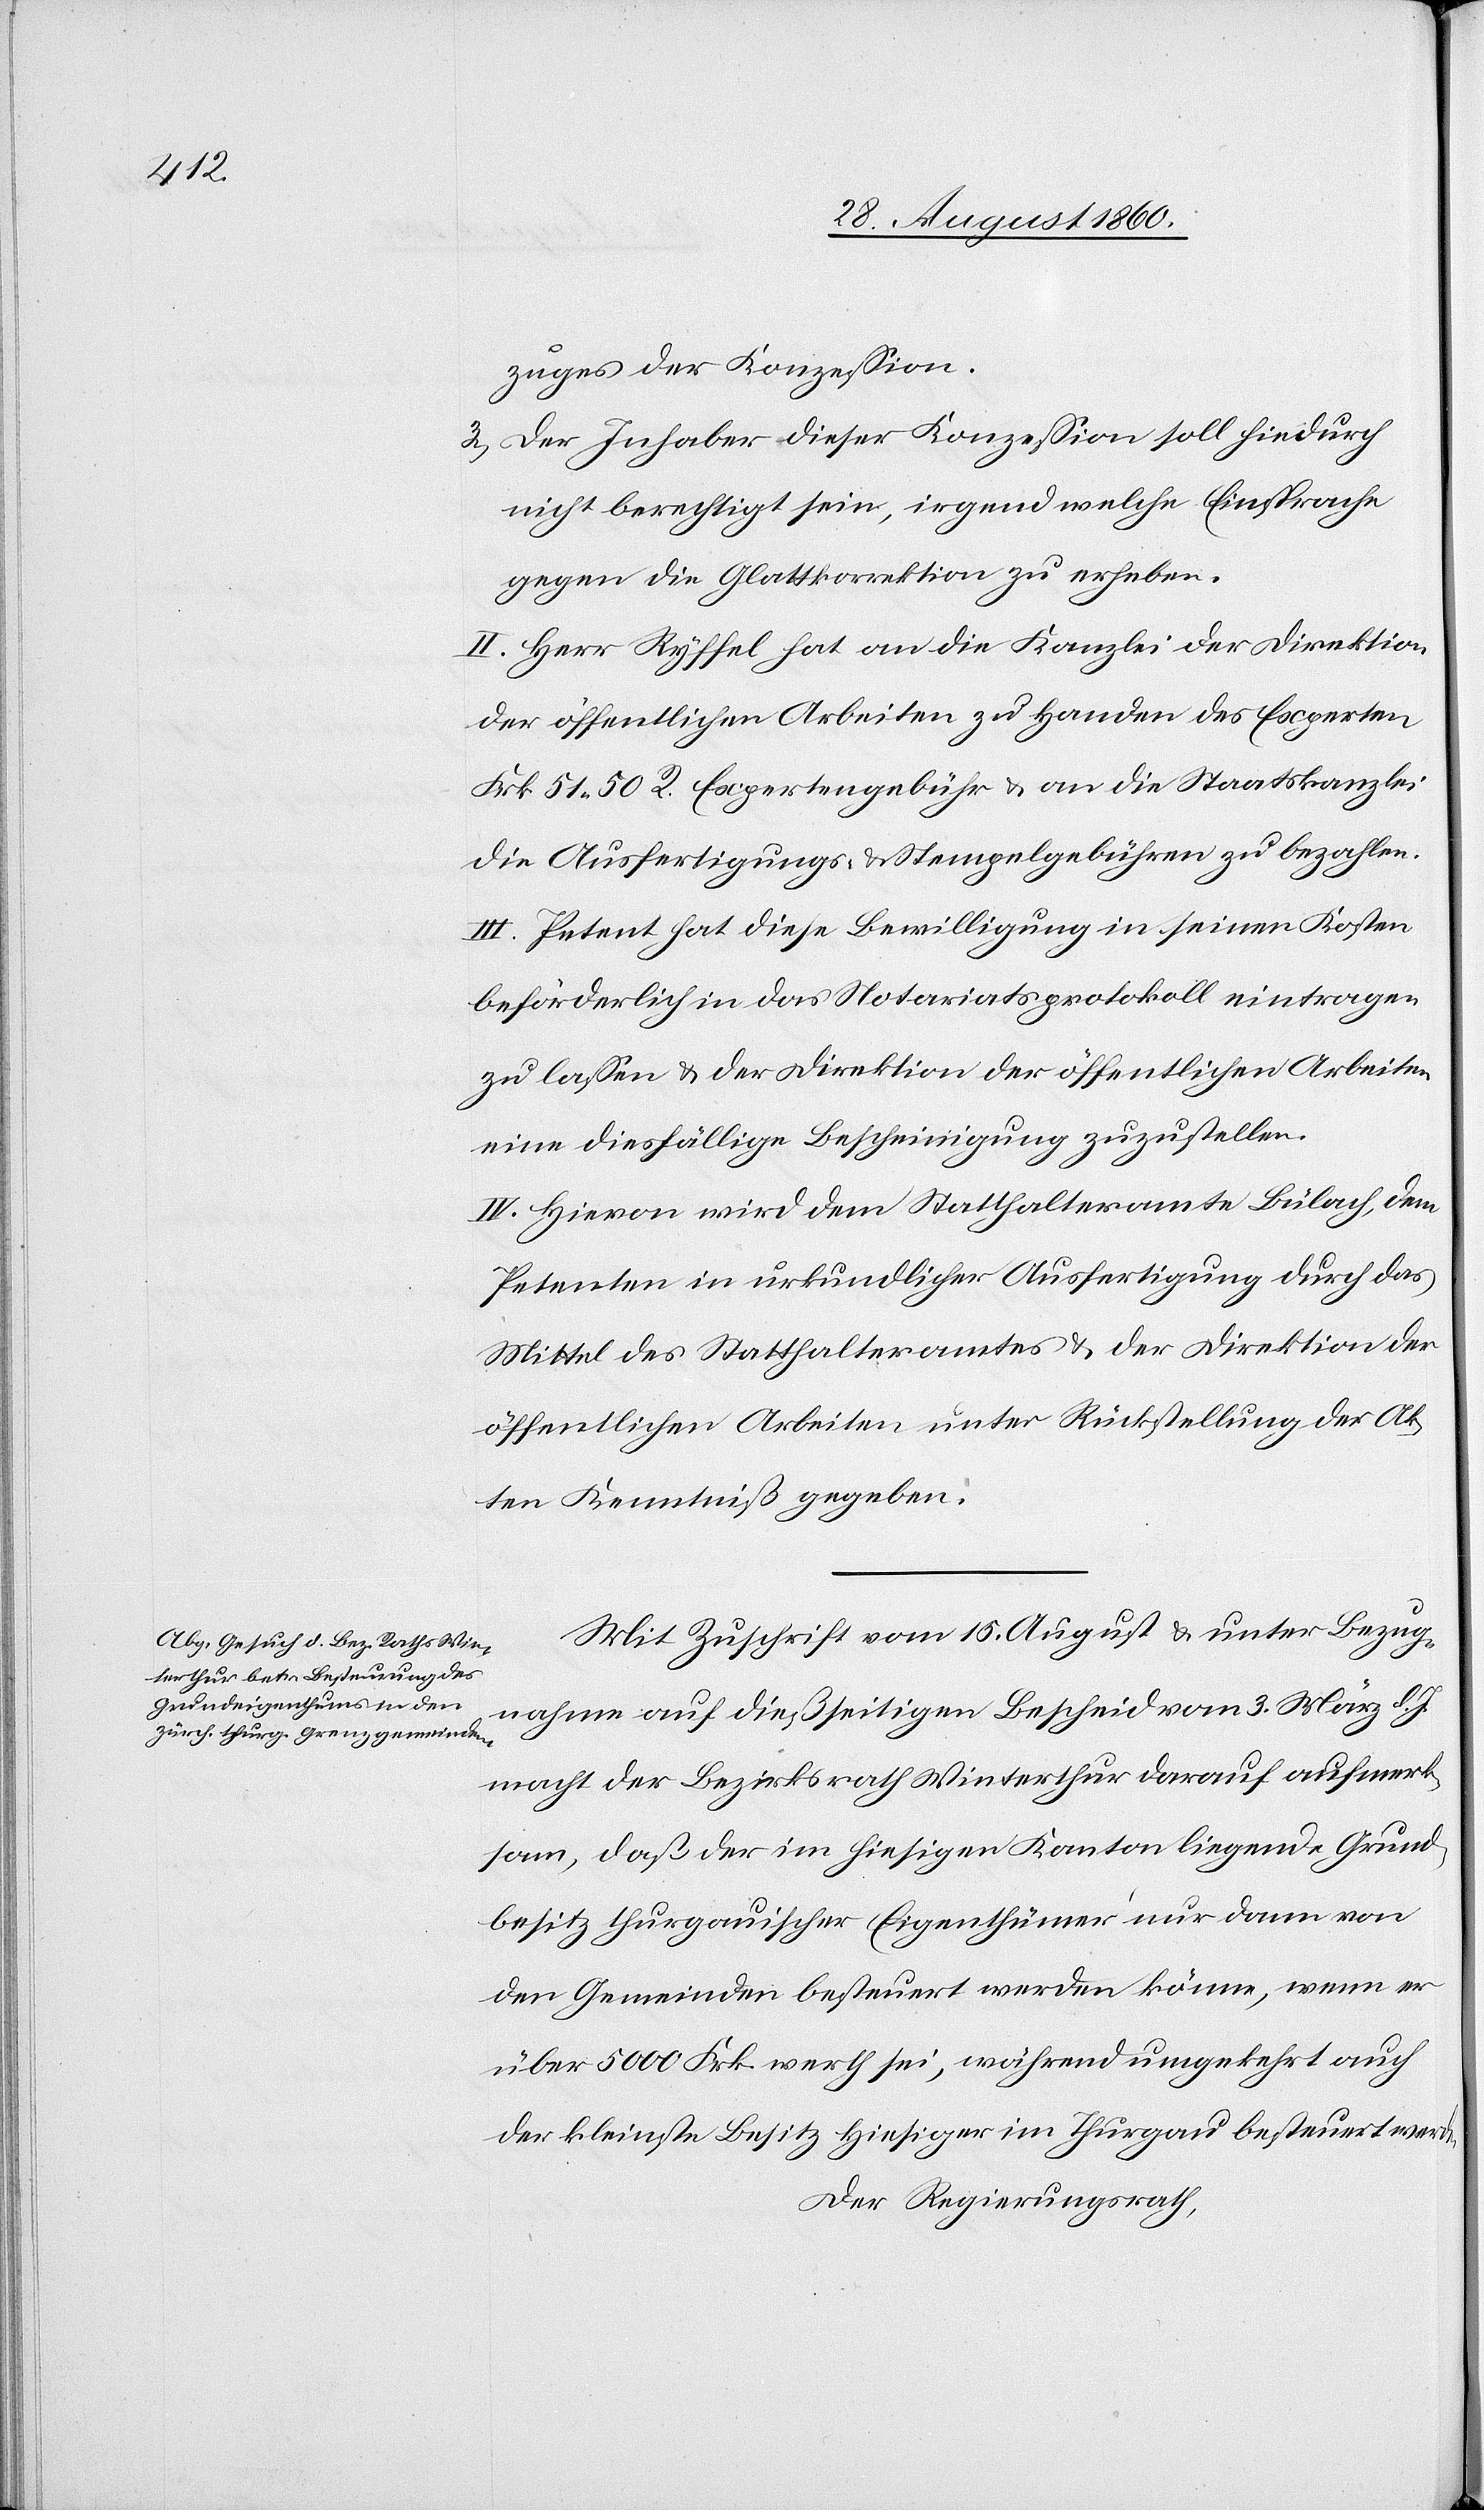
zuges der Konzession.
3. Der Inhaber dieser Konzession soll hiedurch
nicht berechtigt sein, irgend welche Einsprache
gegen die Glattkorrektion zu erheben.
II. Hr. Ryffel hat an die Kanzlei der Direktion
der öffentlichen Arbeiten zu Handen des Experten
Frk. 51. 50C. Expertengebühr u. an die Staatskanzlei
die Ausfertigungs- u. Stempelgebühren zu bezahlen.
III. Petent hat diese Bewilligung in seinen Kosten
beförderlich in das Notariatsprotokoll eintragen
zu lassen u. der Direktion der öffentlichen Arbeiten
eine diesfällige Bescheinigung zuzustellen.
IV. Hievon wird dem Statthalteramte Bülach, dem
Petenten, in urkundlicher Ausfertigung, durch das
Mittel des Statthalteramtes u. der Direktion der
öffentlichen Arbeiten unter Rückstellung der Ak¬
ten Kenntniss gegeben.
Mit Zuschrift vom 15. August und unter Bezug¬
nahme auf diesseitigen Bescheid vom 3. März d. Js.
macht der Bezirksrath Winterthur darauf aufmerk¬
sam, dass der im hiesigen Kanton liegende Grund¬
besitz thurgauischer Eigenthümer nur dann von
den Gemeinden besteuert werden könne, wenn er
über 5000 fcs. werth sei, während umgekehrt auch
der kleinste Besitz hiesiger im Thurgau besteuert werde.
Der Regierungsrath,